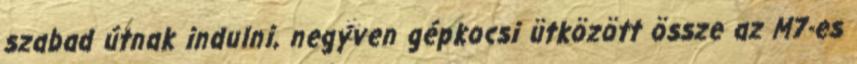
szabad útnak indulni, negyven gépkocsi ütközött össze az M7-es